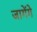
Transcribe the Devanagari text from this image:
जागेंगे